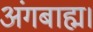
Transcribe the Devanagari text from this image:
अंगबाह्म।